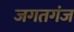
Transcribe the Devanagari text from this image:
जगतगंज